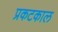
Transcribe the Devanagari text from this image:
प्रकटकाल